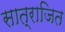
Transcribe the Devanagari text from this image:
सात्राजित